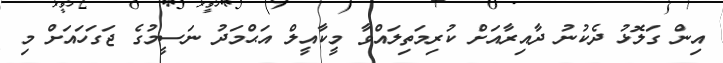
އިން ގަލޮޅު ދެކުނު ދާއިރާއަށް ކުރިމަތިލައްވާ މީކާއީލް އަޙްމަދު ނަސީމުގެ ޖަގަހައަށް މި